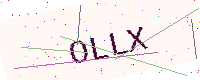
Text: OLLX